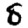
Digit: 8